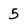
Character: 5